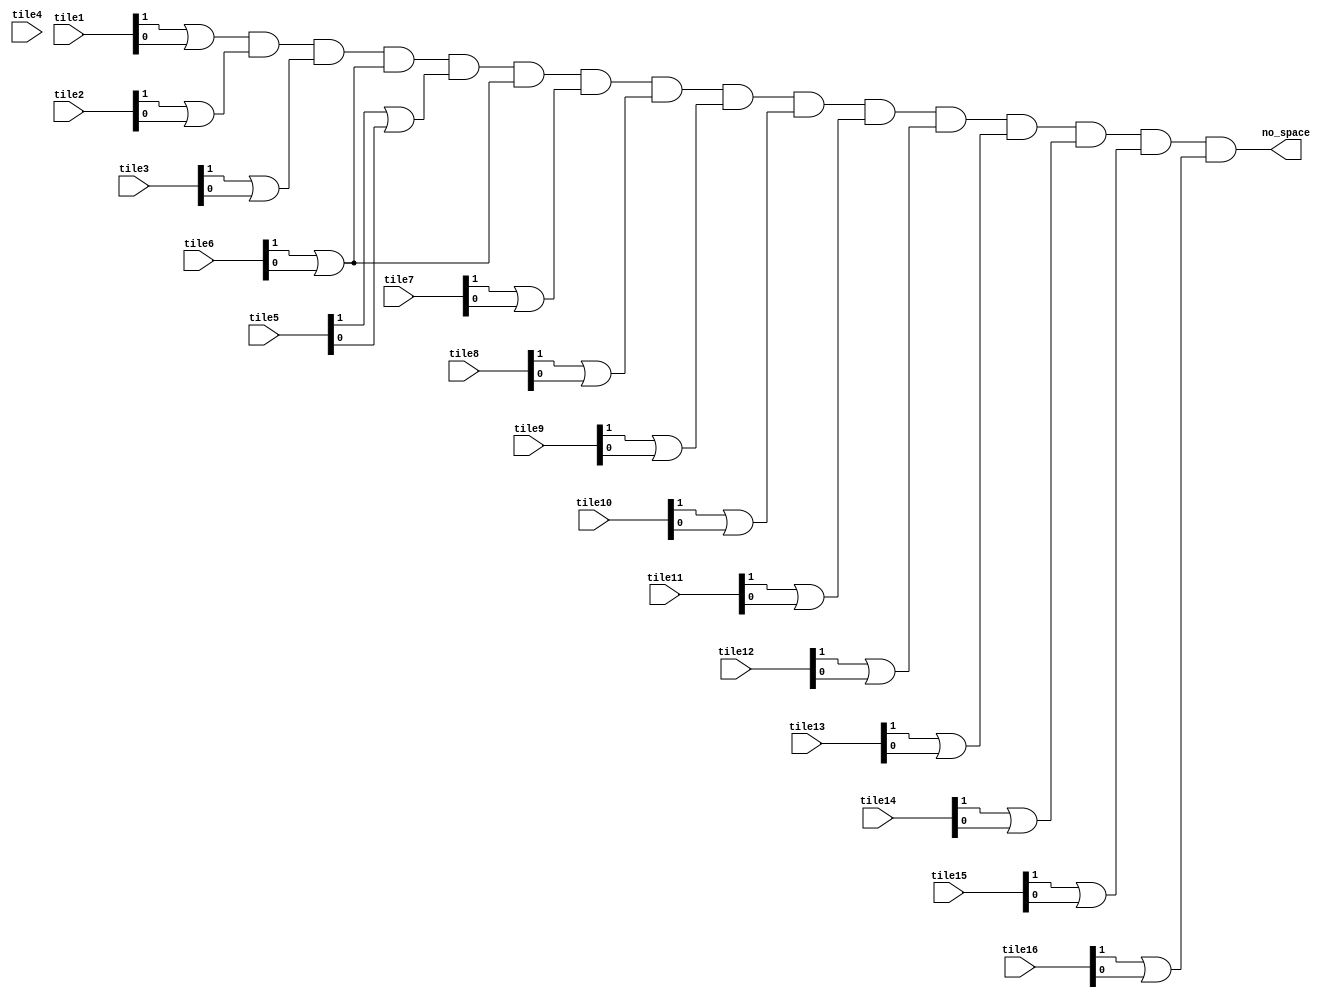
`timescale 1ns / 1ps
//////////////////////////////////////////////////////////////////////////////////
// Company: 
// Engineer: 
// 
// Design Name: 
// Module Name: no_space_detector
// Project Name: 
// Target Devices: 
// Tool Versions: 
// Description: 
// 
// Dependencies: 
// 
// Revision:
// Revision 0.01 - File Created
// Additional Comments:
// 
//////////////////////////////////////////////////////////////////////////////////

module draw_detector(
   input [1:0] tile1,tile2,tile3,tile4,tile5,tile6,tile7,tile8,tile9,tile10,tile11,tile12,tile13,tile14,tile15,tile16,
   output wire no_space
    );
wire nospace1,nospace2,nospace3,nospace4,nospace5,nospace6,nospace7,nospace8,nospace9,nospace10,nospace11,nospace12,nospace13,nospace14,nospace15,nospace16;
// detect no more space     
assign nospace1 = tile1[1] | tile1[0];
assign nospace2 = tile2[1] | tile2[0];
assign nospace3 = tile3[1] | tile3[0];
assign nospace4 = tile4[1] | tile4[0];
assign nospace5 = tile5[1] | tile5[0];
assign nospace6 = tile6[1] | tile6[0];
assign nospace7 = tile7[1] | tile7[0];
assign nospace8 = tile8[1] | tile8[0];
assign nospace9 = tile9[1] | tile9[0];
assign nospace10 = tile10[1] | tile10[0];
assign nospace11 = tile11[1] | tile11[0];
assign nospace12 = tile12[1] | tile12[0];
assign nospace13 = tile13[1] | tile13[0];
assign nospace14 = tile14[1] | tile14[0];
assign nospace15 = tile15[1] | tile15[0];
assign nospace16 = tile16[1] | tile16[0];
// output
assign no_space = (((((((((((((((nospace1 & nospace2) & nospace3) & nospace6) & nospace5) & nospace6) & nospace7) & nospace8) & nospace9) & nospace10) & nospace11) & nospace12) & nospace13) & nospace14) & nospace15) & nospace16);
endmodule